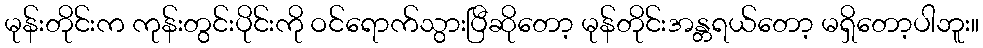
မုန်းတိုင်းက ကုန်းတွင်းပိုင်းကို ဝင်ရောက်သွားပြီဆိုတော့ မုန်တိုင်းအန္တရယ်တော့ မရှိတော့ပါဘူး။